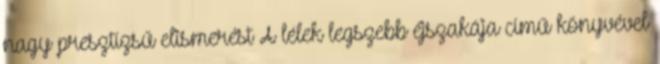
nagy presztízsű elismerést A lélek legszebb éjszakája című könyvével